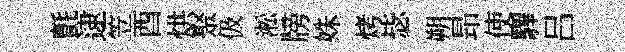
氈逮笠酉烘聚伋淞牓姝烤毖朔昻使驆吕